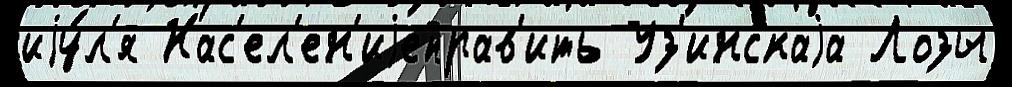
иjу́л'я Нас'ел'ен'иjеправ'ить Уз'инскаjа Лозы